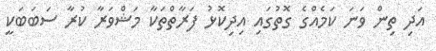
އަދި ތިން ވަނަ ކަމެއްގެ ގޮތުގައި އިދިކޮޅު ފަރާތްތަކާ މަޝްވަރާ ކުރާ ސަބަބަކީ